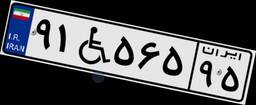
۹۱W۵۶۵۹۵